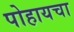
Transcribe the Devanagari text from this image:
पोहायचा